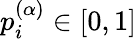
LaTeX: p_{i}^{(\alpha)}\in[0,1]